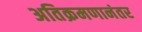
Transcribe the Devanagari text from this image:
अतिक्रमणानंतर